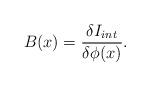
LaTeX: \begin{align*}B(x) = \frac{\delta I_{int}}{\delta \phi(x)}.\end{align*}